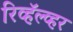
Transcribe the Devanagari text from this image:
रिव्हॅल्व्हर